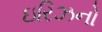
ઇરિઝનો